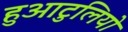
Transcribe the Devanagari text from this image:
हुआटुलियो